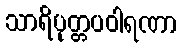
သာရိပုတ္တပဝါရဏာ